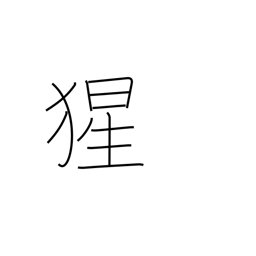
Meaning: orangutan